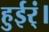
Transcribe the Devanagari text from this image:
हुईर्ं।